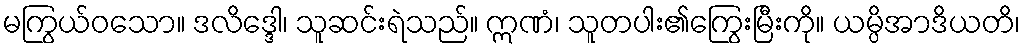
မကြွယ်ဝသော။ ဒလိဒ္ဒေါ၊ သူဆင်းရဲသည်။ ဣဏံ၊ သူတပါး၏ကြွေးမြီးကို။ ယမ္ပိအာဒိယတိ၊